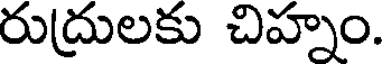
రుద్రులకు చిహ్నం.